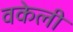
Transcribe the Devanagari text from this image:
वकेली